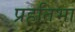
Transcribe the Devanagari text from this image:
प्रहतिभा